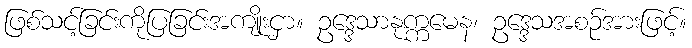
ဖြစ်သင့်ခြင်းကိုပြခြင်းအကျိုးငှာ။ ဥဒ္ဒေသာနုက္ကမေန၊ ဥဒ္ဒေသအစဉ်အားဖြင့်။